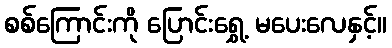
စစ်ကြောင်းကို ပြောင်းရွှေ့ မပေးလေနှင့်။